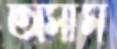
অসীম